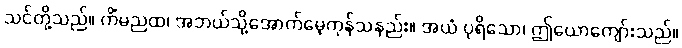
သင်တို့သည်။ ကိံမညထ၊ အဘယ်သို့အောက်မေ့ကုန်သနည်း။ အယံ ပုရိသော၊ ဤယောကျော်းသည်။